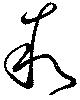
叙